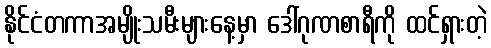
နိုင်ငံတကာအမျိုးသမီးများနေ့မှာ ဒေါ်ဂုဏစာရီကို ထင်ရှားတဲ့